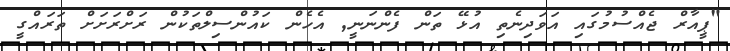
"ޕީއާރް ޖެއްސުމުގައި އަވަދިނެތި އުޅޭ ތަން ފެންނަނީ